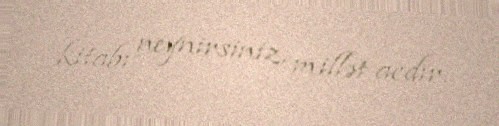
kitabı neynirsiniz, millət acdır.